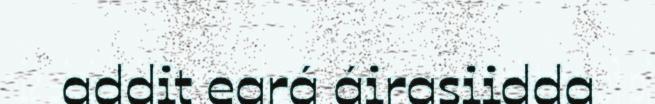
addit eará áirasiidda